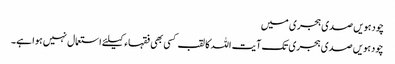
چودہویں صدی ہجری میں
چودہویں صدی ہجری تک آیت اللہ کا لقب کسی بھی فقہاء کیلئے استعمال نہیں ہوا ہے۔